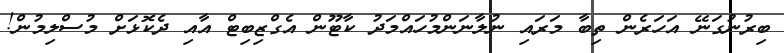
ބިރުނުގަނޭ އަހަރެން ތިބާ މަރައި ނުލާނަންމުހައްމަދު ކާޓޫން އެގްޒިބިޓް އާއި ދެކޮޅަށް މުސްލިމުން!